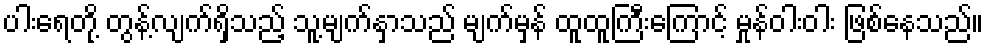
ပါးရေတို့ တွန့်လျက်ရှိသည့် သူ့မျက်နှာသည် မျက်မှန် ထူထူကြီးကြောင့် မှုန်ဝါးဝါး ဖြစ်နေသည်။